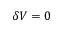
\delta V = 0